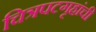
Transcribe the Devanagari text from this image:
चित्रपटगृहांची